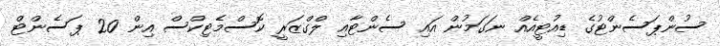
ސުންޕަސެންޓުގެ ޑިއުޓީއެއް ނަގަމުން އައި ސެންޓާއި ލްގްޒަރީ ކޮސްމެޓިކްސް އިން 20 ޕަސެންޓް